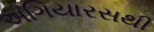
અગિયારસથી